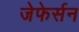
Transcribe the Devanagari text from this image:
जेफेर्सन